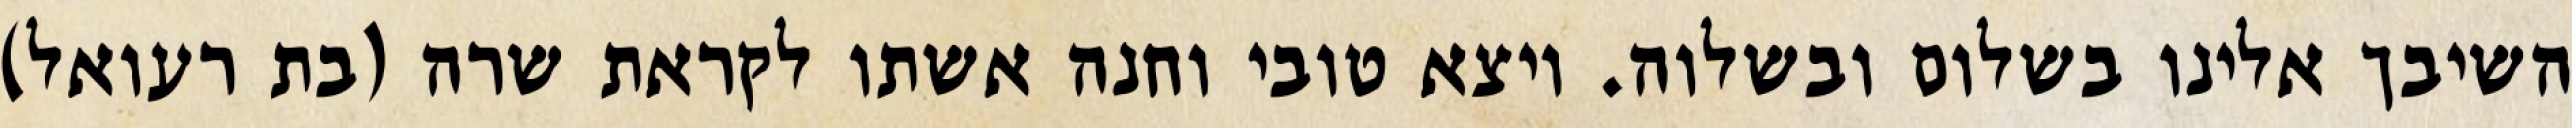
השיבך אלינו בשלום ובשלוה. ויצא טובי וחנה אשתו לקראת שרה (בת רעואל)